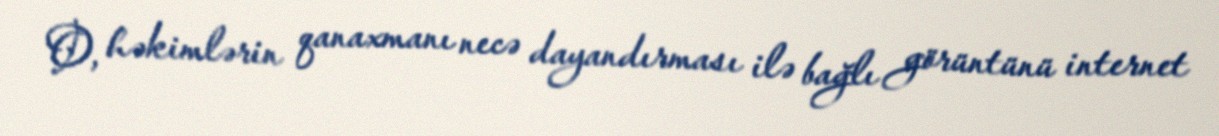
O, həkimlərin qanaxmanı necə dayandırması ilə bağlı görüntünü internet